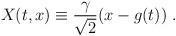
LaTeX: \begin{align*}X (t,x) \equiv {\gamma \over {\sqrt{2}}} (x-g(t)) \ .\end{align*}